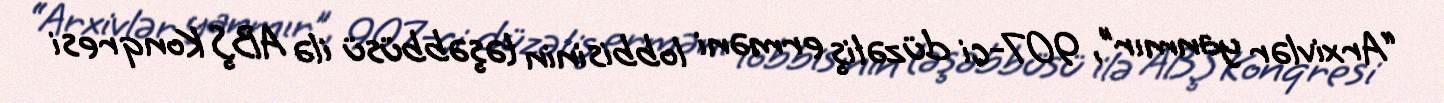
“Arxivlər yanmır”, 907-ci düzəliş erməni lobbisinin təşəbbüsü ilə ABŞ Konqresi